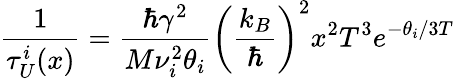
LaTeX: \frac{1}{\tau_{U}^{i}(x)}=\frac{\hbar\gamma^{2}}{M\nu_{i}^{2}\theta_{i}}\left(\frac{k_{B}}{\hbar}\right)^{2}x^{2}T^{3}e^{-\theta_{i}/3T}